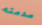
صدمته